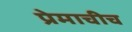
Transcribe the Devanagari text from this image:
प्रेमाचीच